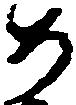
め